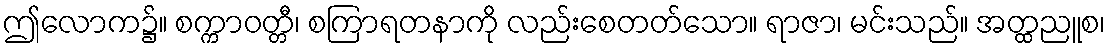
ဤလောက၌။ စက္ကာဝတ္တီ၊ စကြာရတနာကို လည်းစေတတ်သော။ ရာဇာ၊ မင်းသည်။ အတ္ထညူစ၊